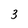
Character: 3